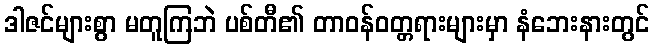
ဒါဇင်များစွာ မတူကြဘဲ ပစ်တီ၏ တာဝန်ဝတ္တရားများမှာ နံဘေးနားတွင်